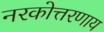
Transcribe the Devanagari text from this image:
नरकोत्तरणाय